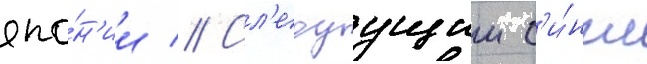
япо́н'ии // Сл'едуущии с'и́нгл